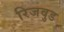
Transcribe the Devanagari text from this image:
रिजवुड